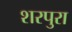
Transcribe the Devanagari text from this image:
शरपुरा